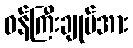
ဝန်ကြီးချုပ်အား